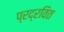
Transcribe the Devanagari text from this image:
प्रद्रवित